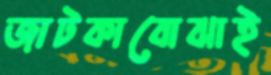
জাটকাবোঝাই